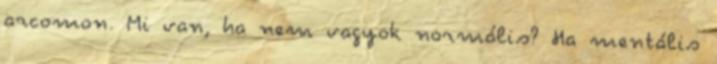
arcomon. Mi van, ha nem vagyok normális? Ha mentális